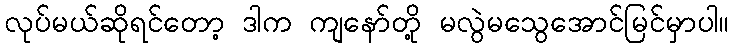
လုပ်မယ်ဆိုရင်တော့ ဒါက ကျနော်တို့ မလွဲမသွေအောင်မြင်မှာပါ။